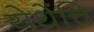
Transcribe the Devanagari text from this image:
येथेंचि